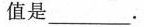
值是___.